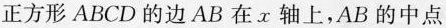
正方形ABCD的边AB在x轴上，AB的中点